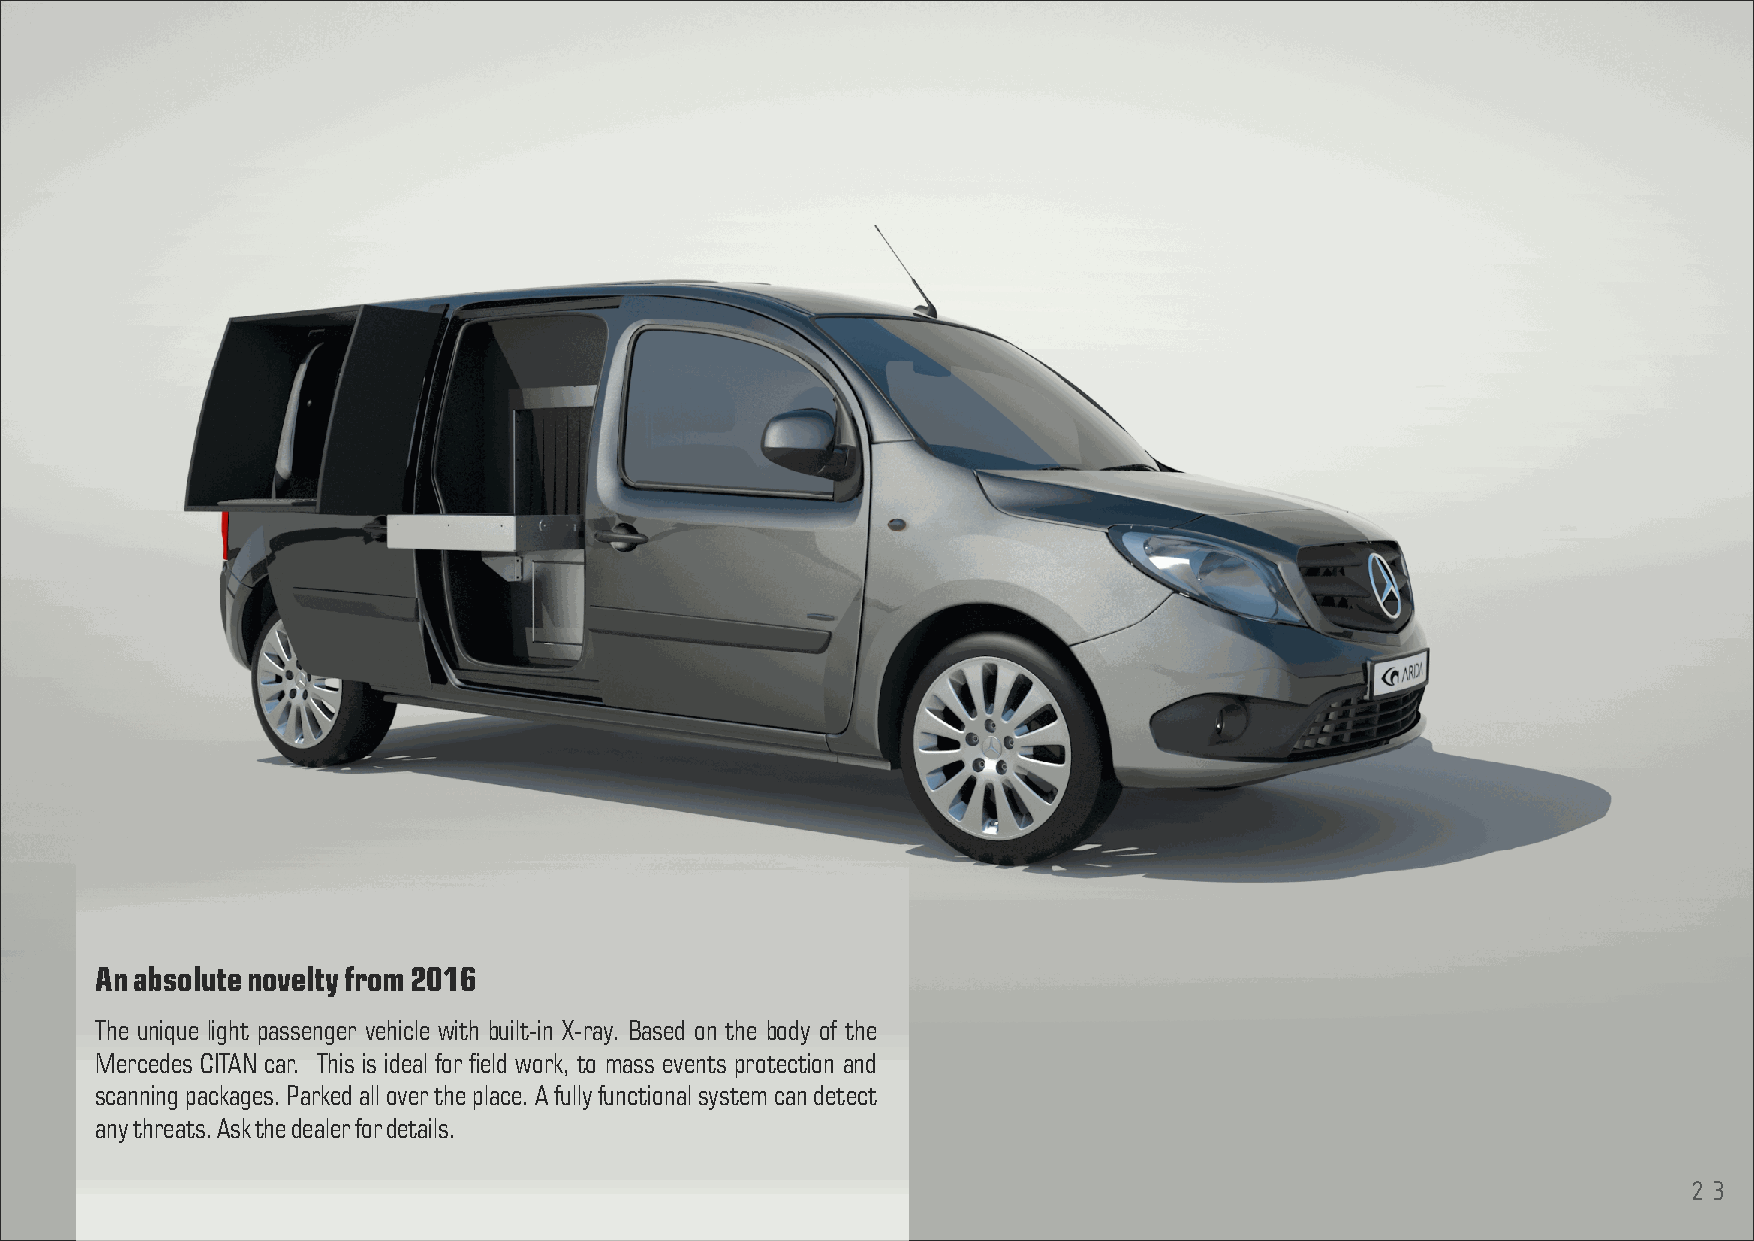
An absolute novelty from 2016
 The unique light passenger vehicle with built-in X-ray. Based on the body of the
 Mercedes CITAN car. This is ideal for eld work, to mass events protection and
 scanning packages. Parked all over the place. A fully functional system can detect
 any threats. Ask the dealer for details.
 23